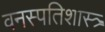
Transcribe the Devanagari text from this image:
वनस्पतिशास्त्र्